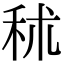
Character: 秫